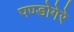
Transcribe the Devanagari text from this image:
पण्डोगेरे